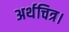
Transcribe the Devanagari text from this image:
अर्थचित्र।